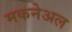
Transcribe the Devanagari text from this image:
मकनेअल